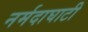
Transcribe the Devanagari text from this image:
नर्मदाघाटी